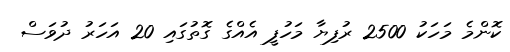
ކޮންމެ މަހަކު 2500 ރުފިޔާ މަހުފީ އެއްގެ ގޮތުގައި 20 އަހަރު ދުވަސް